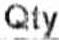
QTY